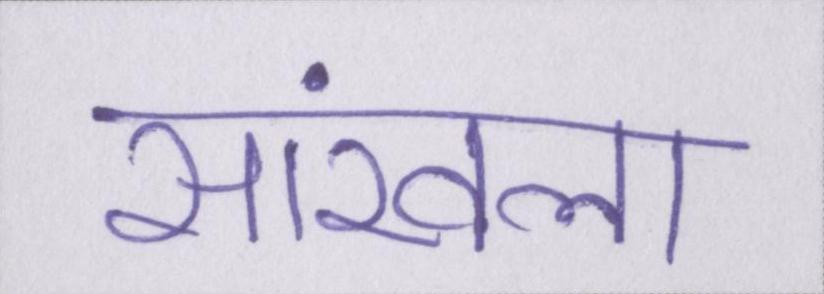
सांखला